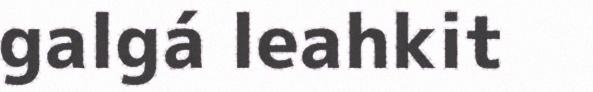
galgá leahkit